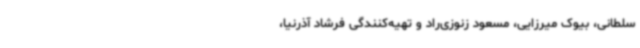
سلطانی، بیوک میرزایی، مسعود زنوزی‌راد و تهیه‌کنندگی فرشاد آذرنیا،